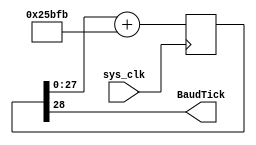
`timescale 1ns / 1ps
//////////////////////////////////////////////////////////////////////////////////
// Company: 
// Engineer: 
// 
// Design Name: 
// Module Name:    BaudGen 
// Project Name: 
// Target Devices: 
// Tool versions: 
// Description: 
//
// Dependencies: 
//
// Revision: 
// Revision 0.01 - File Created
// Additional Comments: see for more on baud generation ->http://www.fpga4fun.com/SerialInterface2.html
//
//////////////////////////////////////////////////////////////////////////////////
module BaudGen(
    input sys_clk, //200 MHZ
    output BaudTick     //~115200
    );
	 reg [28:0] count=0;
	 
	 // 200e6/115200 ~ 2**28/154619
	 
	 always @(posedge sys_clk)
	 begin
		count <= count[27:0] + 154619;
	 end
	
	 assign BaudTick = count[28];

endmodule